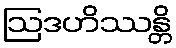
ဩဒဟိဿန္တိ